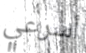
أسرعي